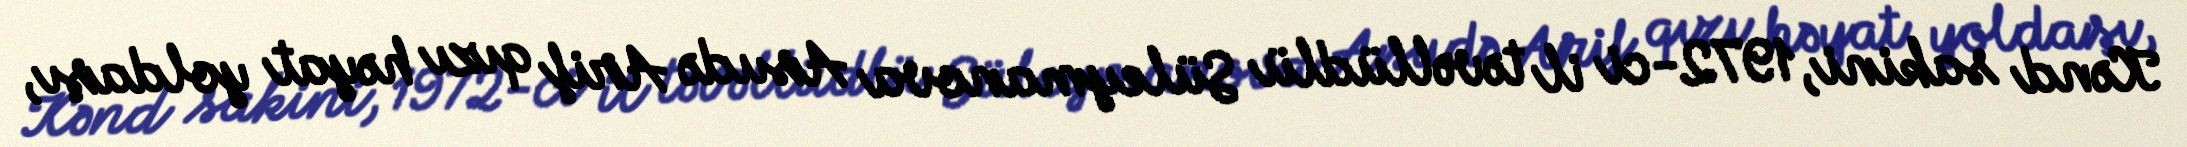
Kənd sakini, 1972-ci il təvəllüdlü Süleymanova Asudə Arif qızı həyat yoldaşı,